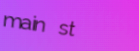
main st